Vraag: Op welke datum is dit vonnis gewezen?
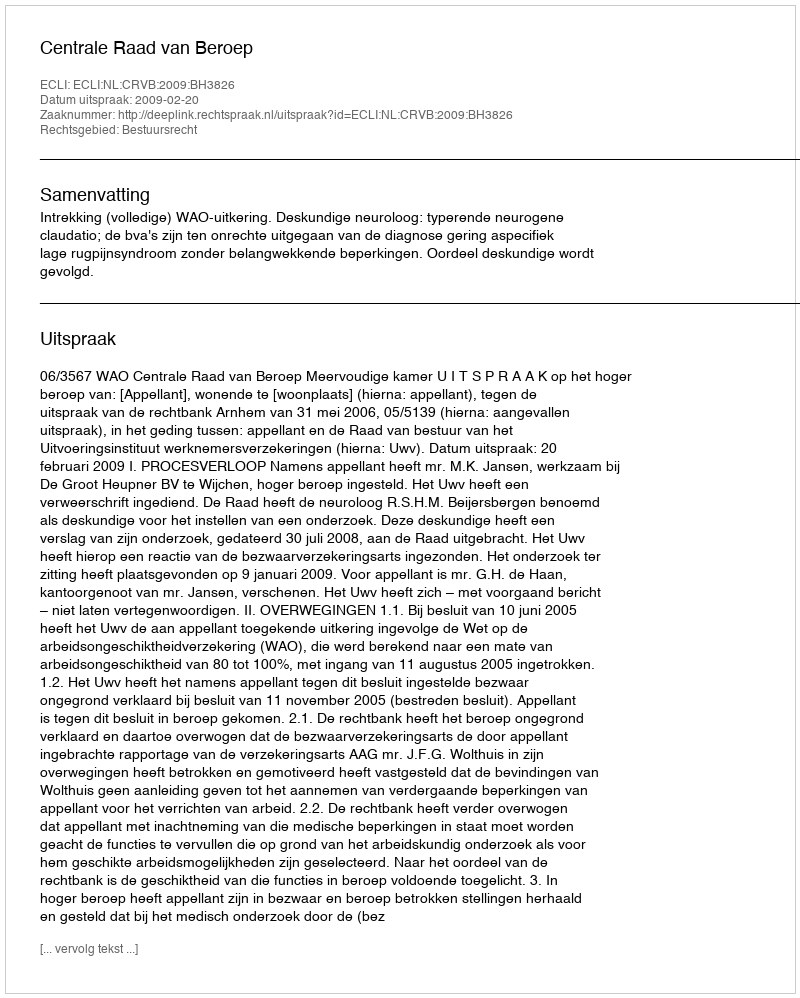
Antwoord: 2009-02-20